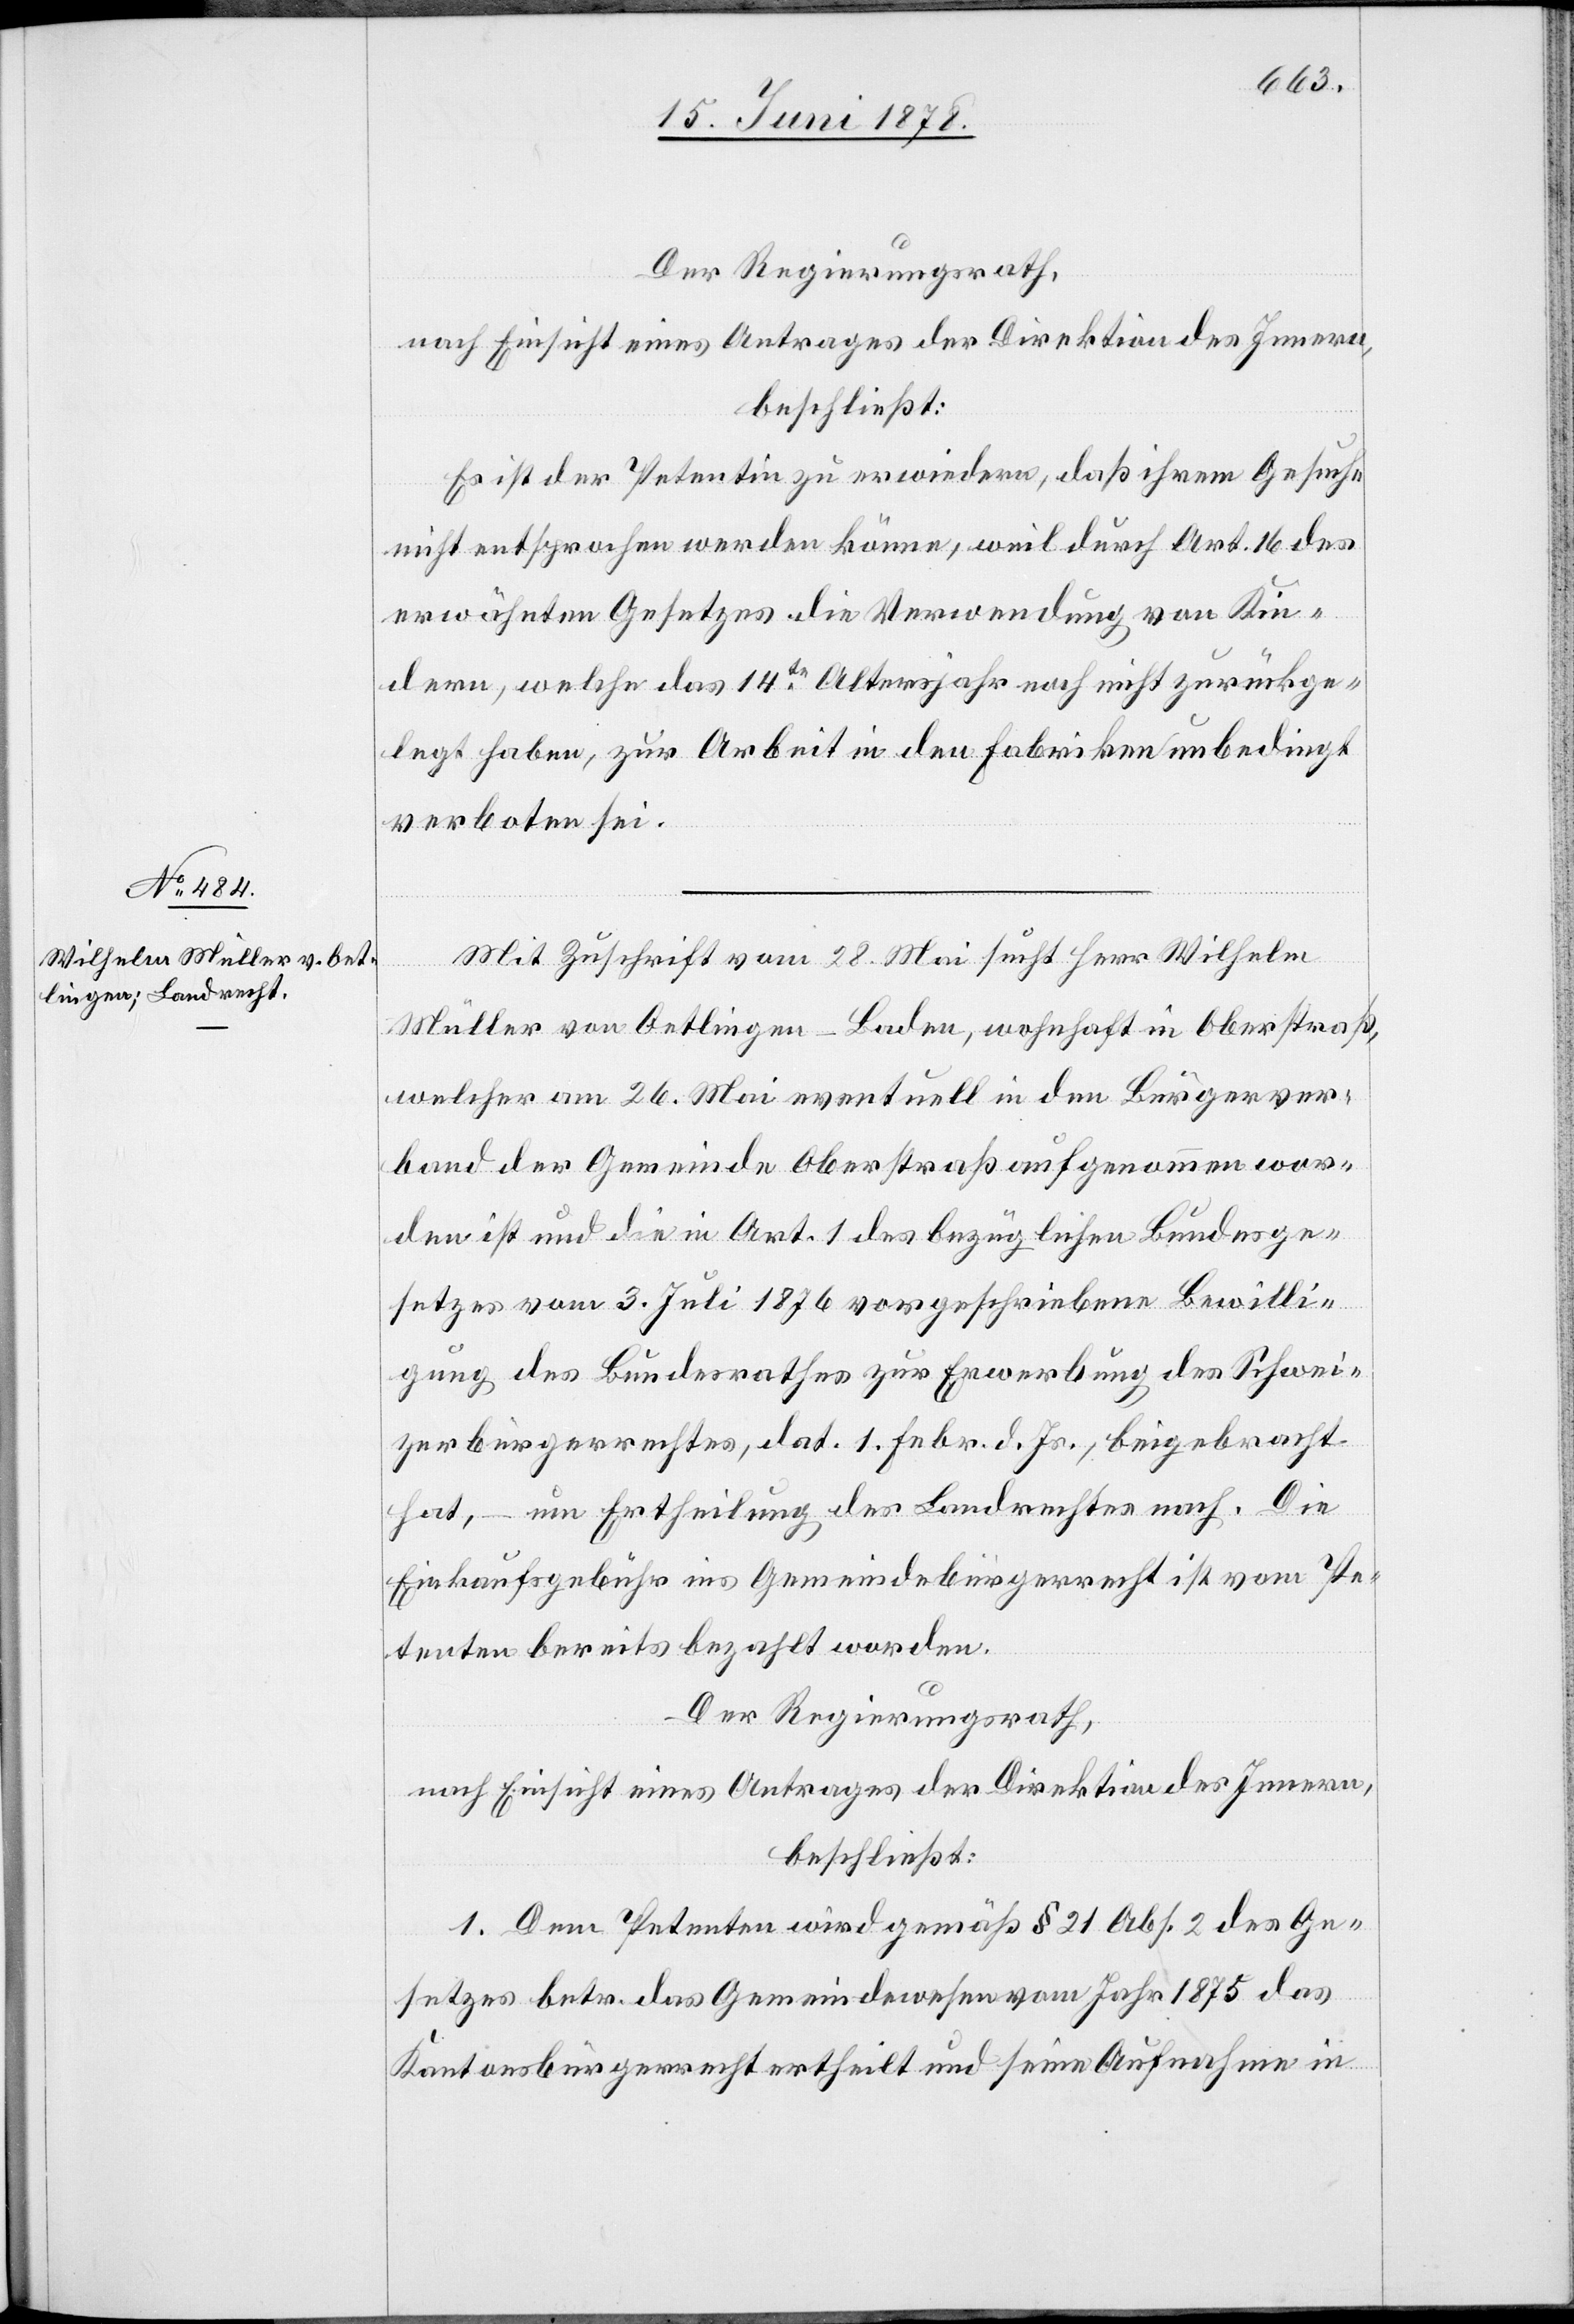
Der Regierungsrath,
nach Einsicht eines Antrages der Direktion des Innern,
beschließt:
Es ist der Petentin zu erwiedern, daß ihrem Gesuche
nicht entsprochen werden könne, weil durch Art. 16 des
erwähnten Gesetzes die Verwendung von Kin¬
dern, welche das 14te Altersjahr noch nicht zurückge¬
legt haben, zur Arbeit in den Fabriken unbedingt
verboten sei.
Mit Zuschrift vom 28. Mai sucht Herr Wilhelm
Müller von Oetlingen - Baden, wohnhaft in Oberstraß,
welcher am 26. Mai eventuell in den Bürgerver¬
band der Gemeinde Oberstraß aufgenommen wor¬
den ist und die in Art. 1 des bezüglichen Bundesge¬
setzes vom 3. Juli 1876 vorgeschriebene Bewilli¬
gung des Bundesrathes zur Erwerbung des Schwei¬
zerbürgerrechtes, dat. 1. Febr. d. Js., beigebracht
hat, – um Ertheilung des Landrechtes nach. Die
Einkaufsgebühr ins Gemeindebürgerrecht ist vom Pe¬
tenten bereits bezahlt worden.
Der Regierungsrath,
nach Einsicht eines Antrages der Direktion des Innern,
beschließt:
1. Dem Petenten wird gemäß § 21 Abs. 2 des Ge¬
setzes betr. das Gemeindewesen vom Jahr 1875 das
Kantonsbürgerrecht ertheilt und seine Aufnahme in